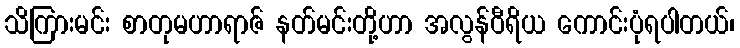
သိကြားမင်း စာတုမဟာရာဇ် နတ်မင်းတို့ဟာ အလွန်ဝီရိယ ကောင်းပုံရပါတယ်၊